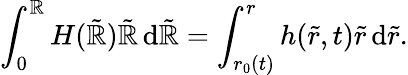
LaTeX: \int_{0}^{\mathbb{R}}H(\tilde{{\mathbb{R}}})\tilde{{\mathbb{R}}}\, \mathrm{{d}}\tilde{{\mathbb{R}}}=\int_{r_{0}(t)}^{r}h(\tilde{{r}},t)\tilde{{r}}\, \mathrm{{d}}\tilde{{r}}.